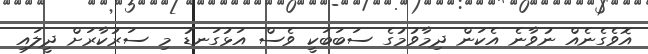
އޮވެގެނެއް ނުވާނެ އެކަން ދިމާވުމުގެ ސަބަބަކީ ވެސް އަޅުގަނޑު މި ސަރުކާރަށް ދީލައި